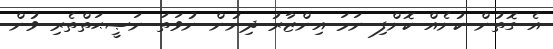
އެ ގޮތުން ކުށެއް ކޮށްފި ނަމަ އިންޒާރު ދިނުން ނުވަތަ ނަޞީޙަތްތެރި ވުން